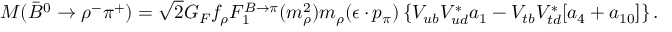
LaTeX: M ( \bar { B } ^ { 0 } \to \rho ^ { - } \pi ^ { + } ) = \sqrt { 2 } G _ { F } f _ { \rho } F _ { 1 } ^ { B \to \pi } ( m _ { \rho } ^ { 2 } ) m _ { \rho } ( \epsilon \cdot p _ { \pi } ) \left\{ V _ { u b } V _ { u d } ^ { * } a _ { 1 } - V _ { t b } V _ { t d } ^ { * } [ a _ { 4 } + a _ { 1 0 } ] \right\} .